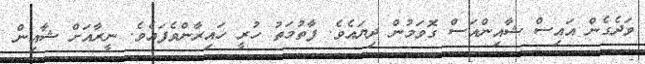
ވަދެގެން އައިސް ޝާއިންއަސް ގޮވަމުން ދިޔައެވެ. ފާތުމަތު ހުރީ ހައިރާންވެފައެވެ. ނީރާއަށް ޝާއިން